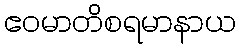
ဧဝမာတိစရမာနာယ